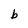
Character: b